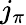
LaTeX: j_{\pi}